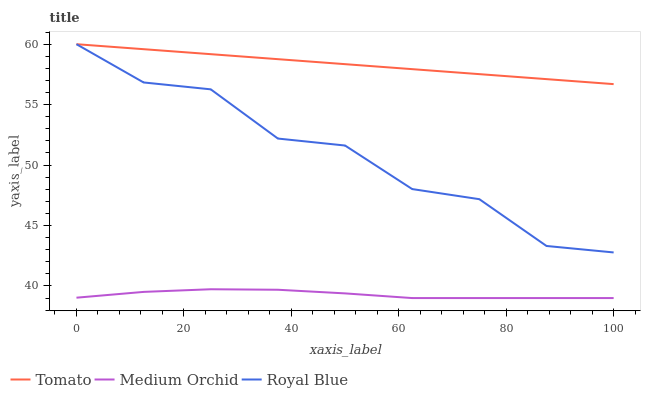
| xaxis_label | Tomato | Medium Orchid | Royal Blue |
 | --- | --- | --- | --- |
 | 0 | 60 | 39 | 60 |
 | 12.5 | 59.6 | 39.5 | 56.8 |
 | 25 | 59.2 | 39.7 | 56.3 |
 | 37.5 | 58.8 | 39.7 | 52.2 |
 | 50 | 58.3 | 39.4 | 51.6 |
 | 62.5 | 57.9 | 39 | 48 |
 | 75 | 57.5 | 39 | 47.2 |
 | 87.5 | 57.1 | 39 | 43.3 |
 | 100 | 56.7 | 39 | 42.8 |